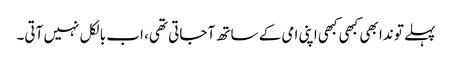
پہلے تو ندا بھی کبھی کبھی اپنی امی کے ساتھ آ جاتی تھی، اب بالکل نہیں آتی۔